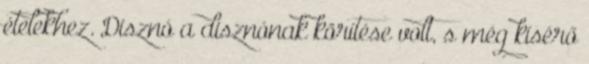
ételekhez. Disznó a disz­nó­nak körítése volt, s még kísérő